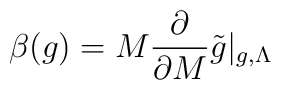
\beta(g)=M\frac{\partial}{\partial M} \tilde{g}|_{g,\Lambda}